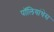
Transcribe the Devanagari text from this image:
पॉलियांथेस